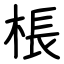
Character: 棖